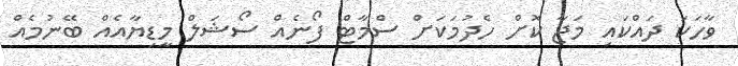
ވާހަކަ ދައްކައި މަޖާ ކޮށް ހެދުމަކަށް ސްމާޓް ފޯނެއް ސޯޝަލް މީޑިޔާއެއް ބޭނުމެއް